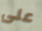
على